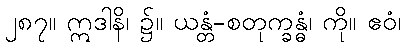
၂၈၇။ ဣဒါနိ၊ ၌။ ယန္တံ-စတုက္ခန္ဓံ၊ ကို။ ဧဝံ၊